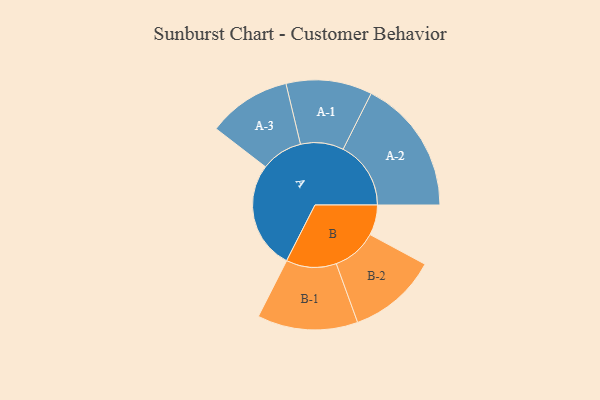
{"axis": {"x": "Segment", "y": "Value"}, "legend": ["", "A", "B"], "data": [{"x": "A", "y": 388, "type": ""}, {"x": "B", "y": 109, "type": ""}, {"x": "A-1", "y": 155, "type": "A"}, {"x": "A-2", "y": 244, "type": "A"}, {"x": "A-3", "y": 150, "type": "A"}, {"x": "B-1", "y": 181, "type": "B"}, {"x": "B-2", "y": 161, "type": "B"}]}